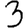
Digit: 3